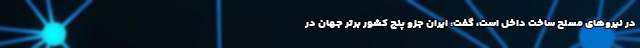
در نیروهای مسلح ساخت داخل است، گفت: ایران جزو پنج کشور برتر جهان در